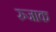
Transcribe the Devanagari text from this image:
रुजाक